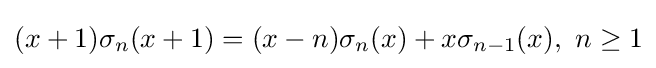
(x+1)\sigma _{n}(x+1)=(x-n)\sigma _{n}(x)+x\sigma _{n-1}(x),\ n\geq 1